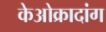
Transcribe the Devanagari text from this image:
केओक्रादांग